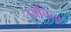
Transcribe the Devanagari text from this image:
उअचिता